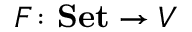
F \colon \mathbf { S e t } \to V